system: You are a helpful assistant.
user:
Analyze the provided spectrum to determine if it is a **"Cataclysmic Variables (CV)"**.

- **Key Indicators for CV (Check for either state):**
    - **State 1: Quiescent / Low-State (Emission-Dominated)**
        - **(Primary):** Strong and *very broad* Hydrogen Balmer emission lines (e.g., $H\alpha$ at 6563 Å, $H\beta$ at 4861 Å). The 'broadness' (high velocity dispersion, often FWHM > 1000 km/s) is the key diagnostic, indicating a high-velocity accretion disk.
        - **(Secondary):** Broad neutral Helium (He I) emission lines (e.g., 5876 Å, 6678 Å).
        - **(Key Confirmation):** Presence of high-excitation *ionized* Helium (He II) emission at 4686 Å. This is a strong indicator of accretion onto a white dwarf.
        - **(Line Profile):** Emission lines may exhibit a 'double-peaked' profile, which is a classic signature of a rotating accretion disk viewed at high inclination.

    - **State 2: Outburst / High-State (Absorption-Dominated)**
        - **(Primary):** Spectrum is dominated by a bright, blue continuum (looks like a hot star).
        - **(Secondary):** The emission lines from State 1 are weak, absent, or 'filled in', and are replaced by broad, shallow *absorption* lines (primarily Balmer and He I).
        - **(Morphology):** The overall spectrum mimics a hot B/A-type star. The crucial difference is that the absorption lines are significantly broader, shallower, and more 'washed-out' (or 'smeared') than the sharp lines of a normal stellar photosphere, due to high rotational speeds and pressure broadening in the disk.

Think first, call **spectral_visualization_tool** if needed to examine features in detail, then provide your final answer. Your response must adhere to the following strict rules:
1.  **Overall Structure:** Your response must follow the format `<think>...</think> <tool_call>...</tool_call> (if a tool is used) <answer>...</answer>`.
2.  **Tool Usage Constraint:** You may only make **one** tool call per turn.
3.  **Final Answer Format:** In the `<answer>` tag, your conclusion must be inside a `\boxed{}` command (e.g., `\boxed{YES}`), followed by your justification.

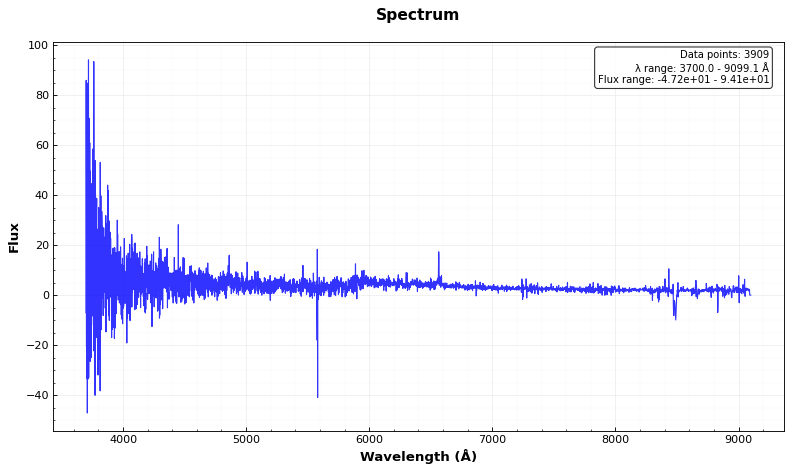
Answer: YES